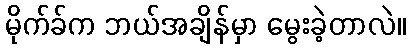
မိုက်ခ်က ဘယ်အချိန်မှာ မွေးခဲ့တာလဲ။